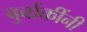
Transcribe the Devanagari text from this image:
बुर्बाकींनी